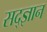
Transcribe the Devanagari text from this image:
सद्ज्ञान